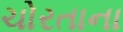
ચોરતાના